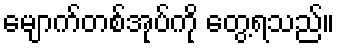
မျောက်တစ်အုပ်ကို တွေ့ရသည်။